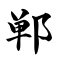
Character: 郸